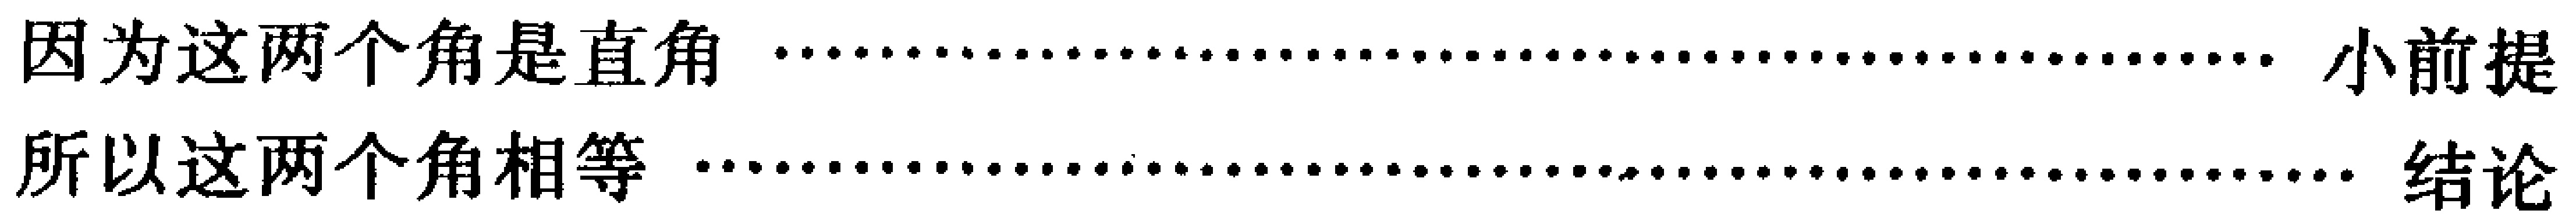
因为这两个角是直角 \dotfill 小前提\\

所以这两个角相等 \dotfill 结论